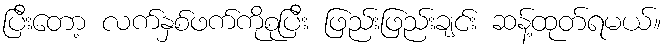
ပြီးတော့ လက်နှစ်ဖက်ကိုစုပြီး ဖြည်းဖြည်းချင်း ဆန့်ထုတ်ရမယ်။